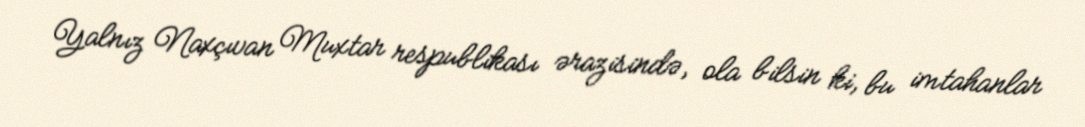
Yalnız Naxçıvan Muxtar respublikası ərazisində, ola bilsin ki, bu imtahanlar